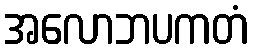
အလောဘပကတံ